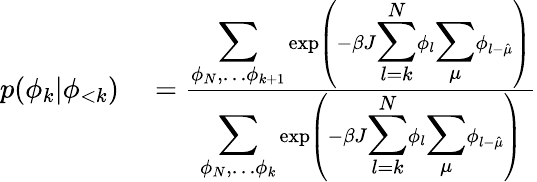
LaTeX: \begin{array}{rl}{p(\phi_{k}|\phi_{<k})}&{{}=\frac{{\displaystyle\sum_{\phi_{N},\dots\phi_{k+1}}}\exp\left(-\beta J{\displaystyle\sum_{l=k}^{N}}\phi_{l}{\displaystyle\sum_{\mu}}\phi_{l-\hat{\mu}}\right)}{{\displaystyle\sum_{\phi_{N},\dots\phi_{k}}}\exp\left(-\beta J{\displaystyle\sum_{l=k}^{N}}\phi_{l}{\displaystyle\sum_{\mu}}\phi_{l-\hat{\mu}}\right)}}\end{array}